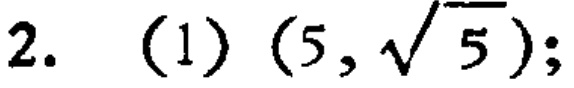
2. (1) $(5,\sqrt{5})$;